Scientific memoirs by medical officers of the Army of India - Part VIII,
Year: 1894
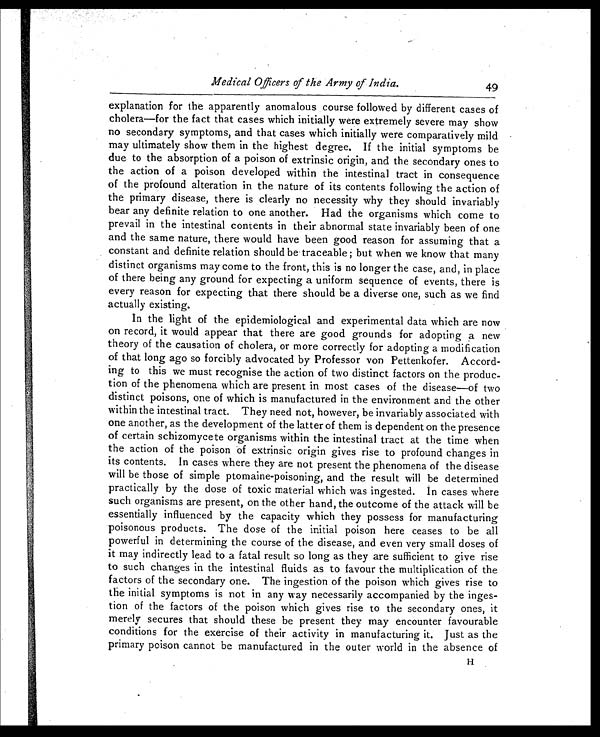
Medical Officers of the Army of India.
49
explanation for the apparently anomalous course followed by different cases of
cholera—for the fact that cases which initially were extremely severe may show
no secondary symptoms, and that cases which initially were comparatively mild
may ultimately show them in the highest degree. If the initial symptoms be
due to the absorption of a poison of extrinsic origin, and the secondary ones to
the action of a poison developed within the intestinal tract in consequence
of the profound alteration in the nature of its contents following the action of
the primary disease, there is clearly no necessity why they should invariably
bear any definite relation to one another. Had the organisms which come to
prevail in the intestinal contents in their abnormal state invariably been of one
and the same nature, there would have been good reason for assuming that a
constant and definite relation should be' traceable ; but when we know that many
distinct organisms may come to the front, this is no longer the case, and, in place
of there being any ground for expecting a uniform sequence of events, there is
every reason for expecting that there should be a diverse one, such as we find
actually existing.
In the light of the epidemiological and experimental data which are now
on record, it would appear that there are good grounds for adopting a new
theory of the causation of cholera, or more correctly for adopting a modification
of that long ago so forcibly advocated by Professor von Pettenkofer. Accord-
ing to this we must recognise the action of two distinct factors on the produc-
tion of the phenomena which are present in most cases of the disease—of two
distinct poisons, one of which is manufactured in the environment and the other
within the intestinal tract. They need not, however, be invariably associated with
one another, as the development of the latter of them is dependent on the presence
of certain schizomycete organisms within the intestinal tract at the time when
the action of the poison of extrinsic origin gives rise to profound changes in
its contents. In cases where they are not present the phenomena of the disease
will be those of simple ptomaine-poisoning, and the result will be determined
practically by the dose of toxic material which was ingested. In cases where
such organisms are present, on the other hand, the outcome of the attack will be
essentially influenced by the capacity which they possess for manufacturing
poisonous products. The dose of the initial poison here ceases to be all
powerful in determining the course of the disease, and even very small doses of
it may indirectly lead to a fatal result so long as they are sufficient to give rise
to such changes in the intestinal fluids as to favour the multiplication of the
factors of the secondary one. The ingestion of the poison which gives rise to
the initial symptoms is not in any way necessarily accompanied by the inges-
tion of the factors of the poison which gives rise to the secondary ones, it
merely secures that should these be present they may encounter favourable
conditions for the exercise of their activity in manufacturing it. Just as the
primary poison cannot be manufactured in the outer world in the absence of
H